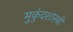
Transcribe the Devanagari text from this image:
मुुकुंदशास्त्री